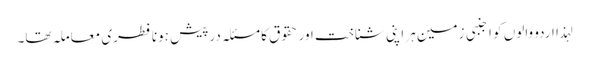
لہذا اردو والوں کو اجنبی زمین ہر اپنی شناخت اور حقوق کا مسئلہ درپیش ہونا فطری معاملہ تھا۔